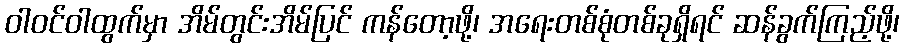
ဝါဝင်ဝါထွက်မှာ အိမ်တွင်းအိမ်ပြင် ကန်တော့ဖို့၊ အရေးတစ်စုံတစ်ခုရှိရင် ဆန်ခွက်ကြည့်ဖို့၊